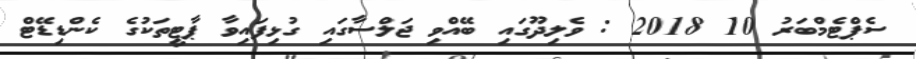
ސެޕްޓެމްބަރު 10 2018 : ވެލިދޫގައި ބޭއްވި ޖަލްސާގައި ގުޅިފައިވާ ޕާޓީތަކުގެ ކެންޑިޑޭޓް